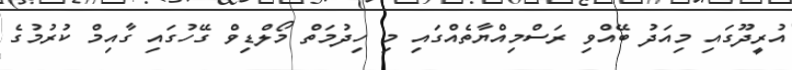
އުރީދޫގައި މިއަދު ބޭއްވި ރަސްމިއްޔާތެއްގައި މި ހިދުމަތް މޯލްޑިވް ގޭހުގައި ގާއިމް ކުރުމުގެ